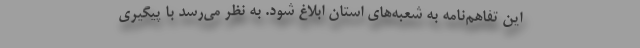
این تفاهم‌نامه به شعبه‌های استان ابلاغ شود. به نظر می‌رسد با پیگیری